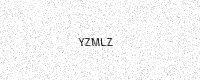
Text: YZMLZ